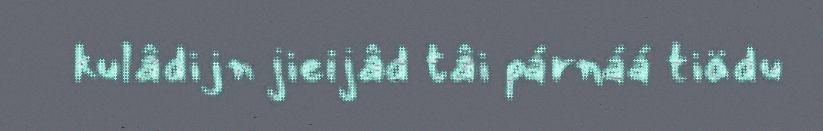
kulâdijn jieijâd tâi párnáá tiädu